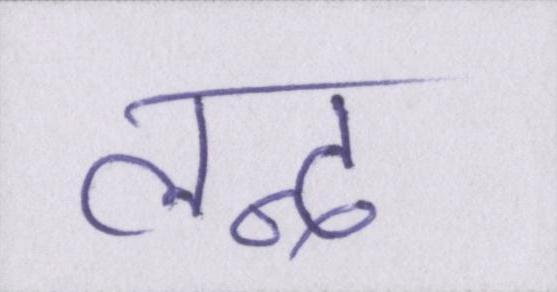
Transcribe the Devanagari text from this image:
लन्द